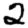
Digit: 2